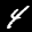
Label: 4